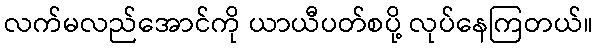
လက်မလည်အောင်ကို ယာယီပတ်စပို့ လုပ်နေကြတယ်။